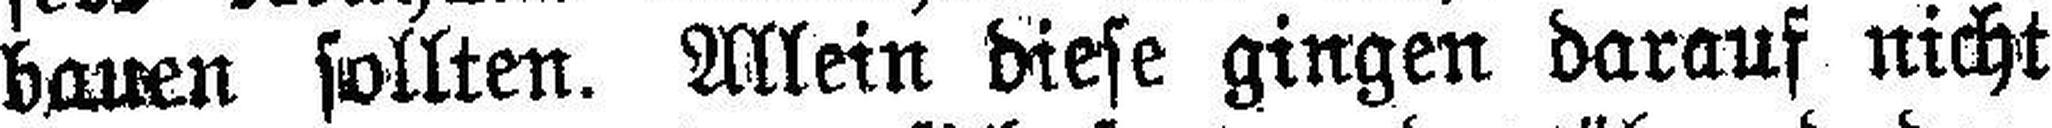
bauen sollten. Allein diese gingen darauf nicht